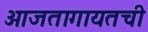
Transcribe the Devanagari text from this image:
आजतागायतची